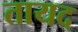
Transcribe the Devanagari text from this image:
तायद